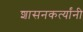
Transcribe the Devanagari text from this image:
शासनकर्त्यांनी